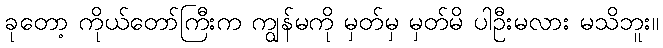
ခုတော့ ကိုယ်တော်ကြီးက ကျွန်မကို မှတ်မှ မှတ်မိ ပါဦးမလား မသိဘူး။